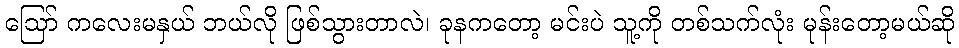
ဩော် ကလေးမနှယ် ဘယ်လို ဖြစ်သွားတာလဲ၊ ခုနကတော့ မင်းပဲ သူ့ကို တစ်သက်လုံး မုန်းတော့မယ်ဆို